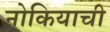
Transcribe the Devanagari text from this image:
नोकियाची